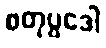
စတုပ္ပဒေါ